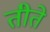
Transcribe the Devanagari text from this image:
तीते